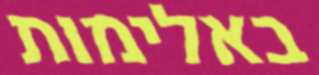
באלימות